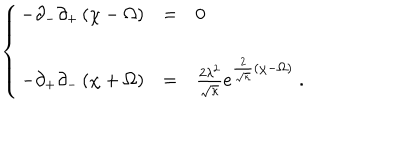
LaTeX: \left\{ \begin{array} { l l l } { { - \partial _ { - } \partial _ { + } \left( \chi - \Omega \right) } } & { { = } } & { { 0 } } \\ { { - \partial _ { + } \partial _ { - } \left( \chi + \Omega \right) } } & { { = } } & { { \frac { 2 \lambda ^ { 2 } } { \sqrt { \kappa } } e ^ { { \frac { 2 } { \sqrt { \kappa } } } \left( \chi - \Omega \right) } \; . } } \\ \end{array} \right.